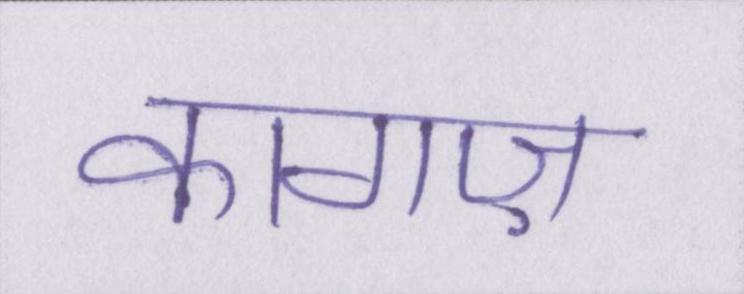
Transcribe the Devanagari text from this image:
कागज़